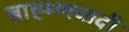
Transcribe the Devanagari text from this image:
ब्राह्म्णवादी